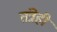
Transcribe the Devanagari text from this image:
तंत्रेही